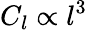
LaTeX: C_{l}\propto l^{3}